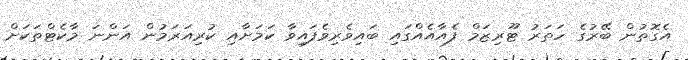
އެގޮތުން ބޭރުގެ ހަތަރު ޓޫރިޒަމް ފެއާއެއްގައި ބައިވެރިވެފައިވާ ކަމަށާއި ކުރިއަރަމުން އަންނަ މާކެޓްތަކަށް